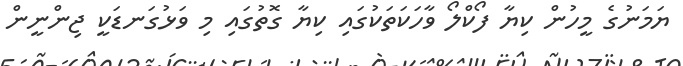
ޔަމަނުގެ މީހުން ކިޔާ ފޯކްލޯ ވާހަކަތަކުގައި ކިޔާ ގޮތުގައި މި ވަޅުގަނޑަކީ ޖިންނީން